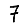
Digit: 7